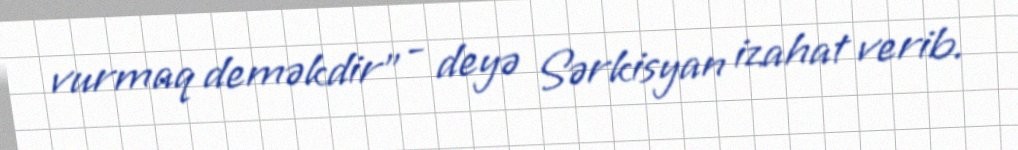
vurmaq deməkdir” - deyə Sərkisyan izahat verib.